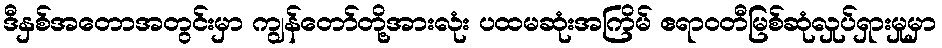
ဒီနှစ်အတောအတွင်းမှာ ကျွန်တော်တို့အားလုံး ပထမဆုံးအကြိမ် ဧရာဝတီမြစ်ဆုံလှုပ်ရှားမှုမှာ